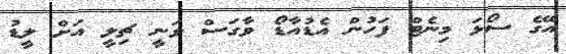
އޭގެ ސޯޅަ މިނެޓް ފަހުން އެޑުއާޑޯ ވާގަސް ވަނީ ޗިލީ އަށް ލީޑު